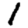
Digit: 1